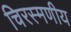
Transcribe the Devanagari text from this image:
चिरस्मणीय